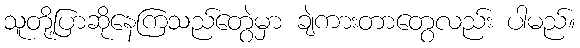
သူတို့ပြာဆိုနေကြသည်တွေဲမှာ ချဲကားတာတွေလည်း ပါမည်။